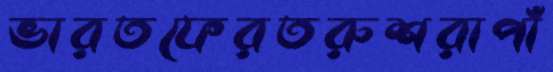
ভারতফেরতরুশরাপাঁ